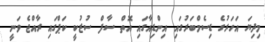
މިދިޔަ އަހަރުގެ ޑިސެމްބަރުގައި އިންޑިއާގައި އޮތް ސާފް ސުޒުކީ ކަޕްގައި ރާއްޖެ ވަނީ